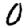
Digit: 0